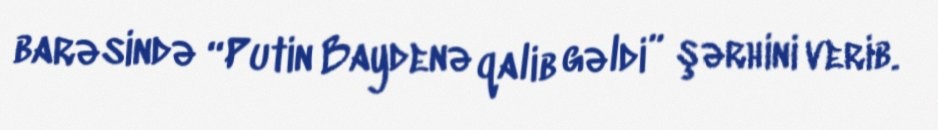
barəsində “Putin Baydenə qalib gəldi” şərhini verib.